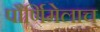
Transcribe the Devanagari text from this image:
पौर्णिमेलाच्